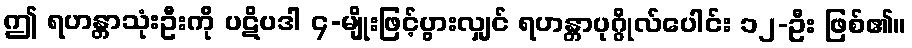
ဤ ရဟန္တာသုံးဦးကို ပဋိပဒါ ၄-မျိုးဖြင့်ပွားလျှင် ရဟန္တာပုဂ္ဂိုလ်ပေါင်း ၁၂-ဦး ဖြစ်၏။